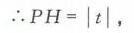
$\therefore PH = \vert t\vert,$